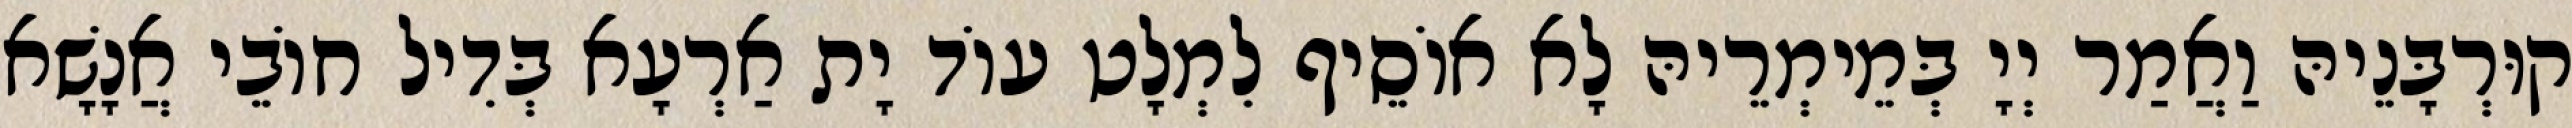
קוּרְבָּנֵיהּ וַאֲמַר יְיָ בְּמֵימְרֵיהּ לָא אוֹסֵיף לִמְלָט עוֹד יָת אַרְעָא בְּדִיל חוֹבֵי אֲנָשָׁא